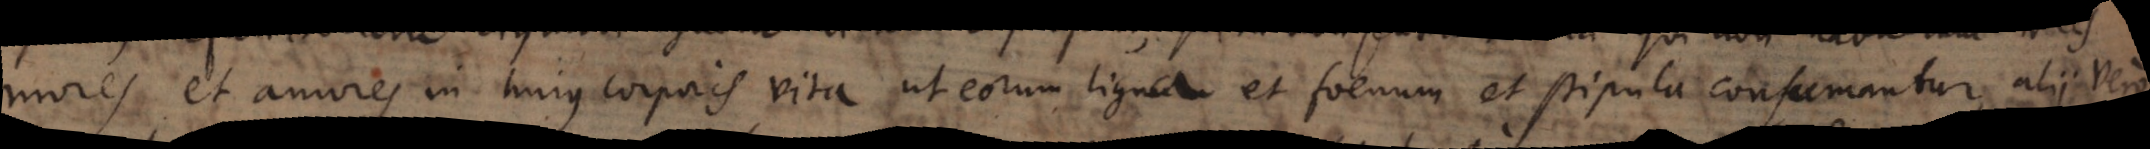
mores et amores in hujus corporis vita ut eorum ligna et foenum et stipula consumantur, alii vero